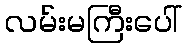
လမ်းမကြီးပေါ်